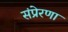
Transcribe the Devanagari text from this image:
संप्रेरणा